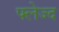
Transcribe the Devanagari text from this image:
फ्लेज्द